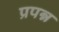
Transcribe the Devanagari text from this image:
प्रपन्न